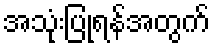
အသုံးပြုရန်အတွက်